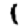
Digit: 1